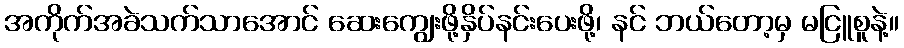
အကိုက်အခဲသက်သာအောင် ဆေးကျွေးဖို့နှိပ်နင်းပေးဖို့၊ နင် ဘယ်တော့မှ မငြူစူနဲ့။